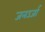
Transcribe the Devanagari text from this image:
जनउर्जा